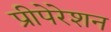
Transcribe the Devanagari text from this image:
प्रीपेरेशन